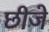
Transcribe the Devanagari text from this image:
छीजे